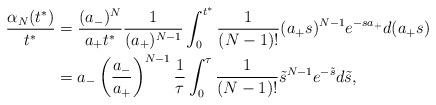
LaTeX: \begin{align*} \frac{\alpha_N(t^*)}{t^*} &=\frac{(a_-)^N}{a_+t^*}\frac{1}{(a_+)^{N-1}}\int_0^{t^*}\frac{1}{(N-1)!}(a_+s)^{N-1}e^{-sa_+}d(a_+s)\\ &=a_-\left(\frac{a_-}{a_+}\right)^{N-1}\frac{1}{\tau}\int_0^{\tau}\frac{1}{(N-1)!}\tilde{s}^{N-1}e^{-\tilde{s}}d\tilde{s},\end{align*}